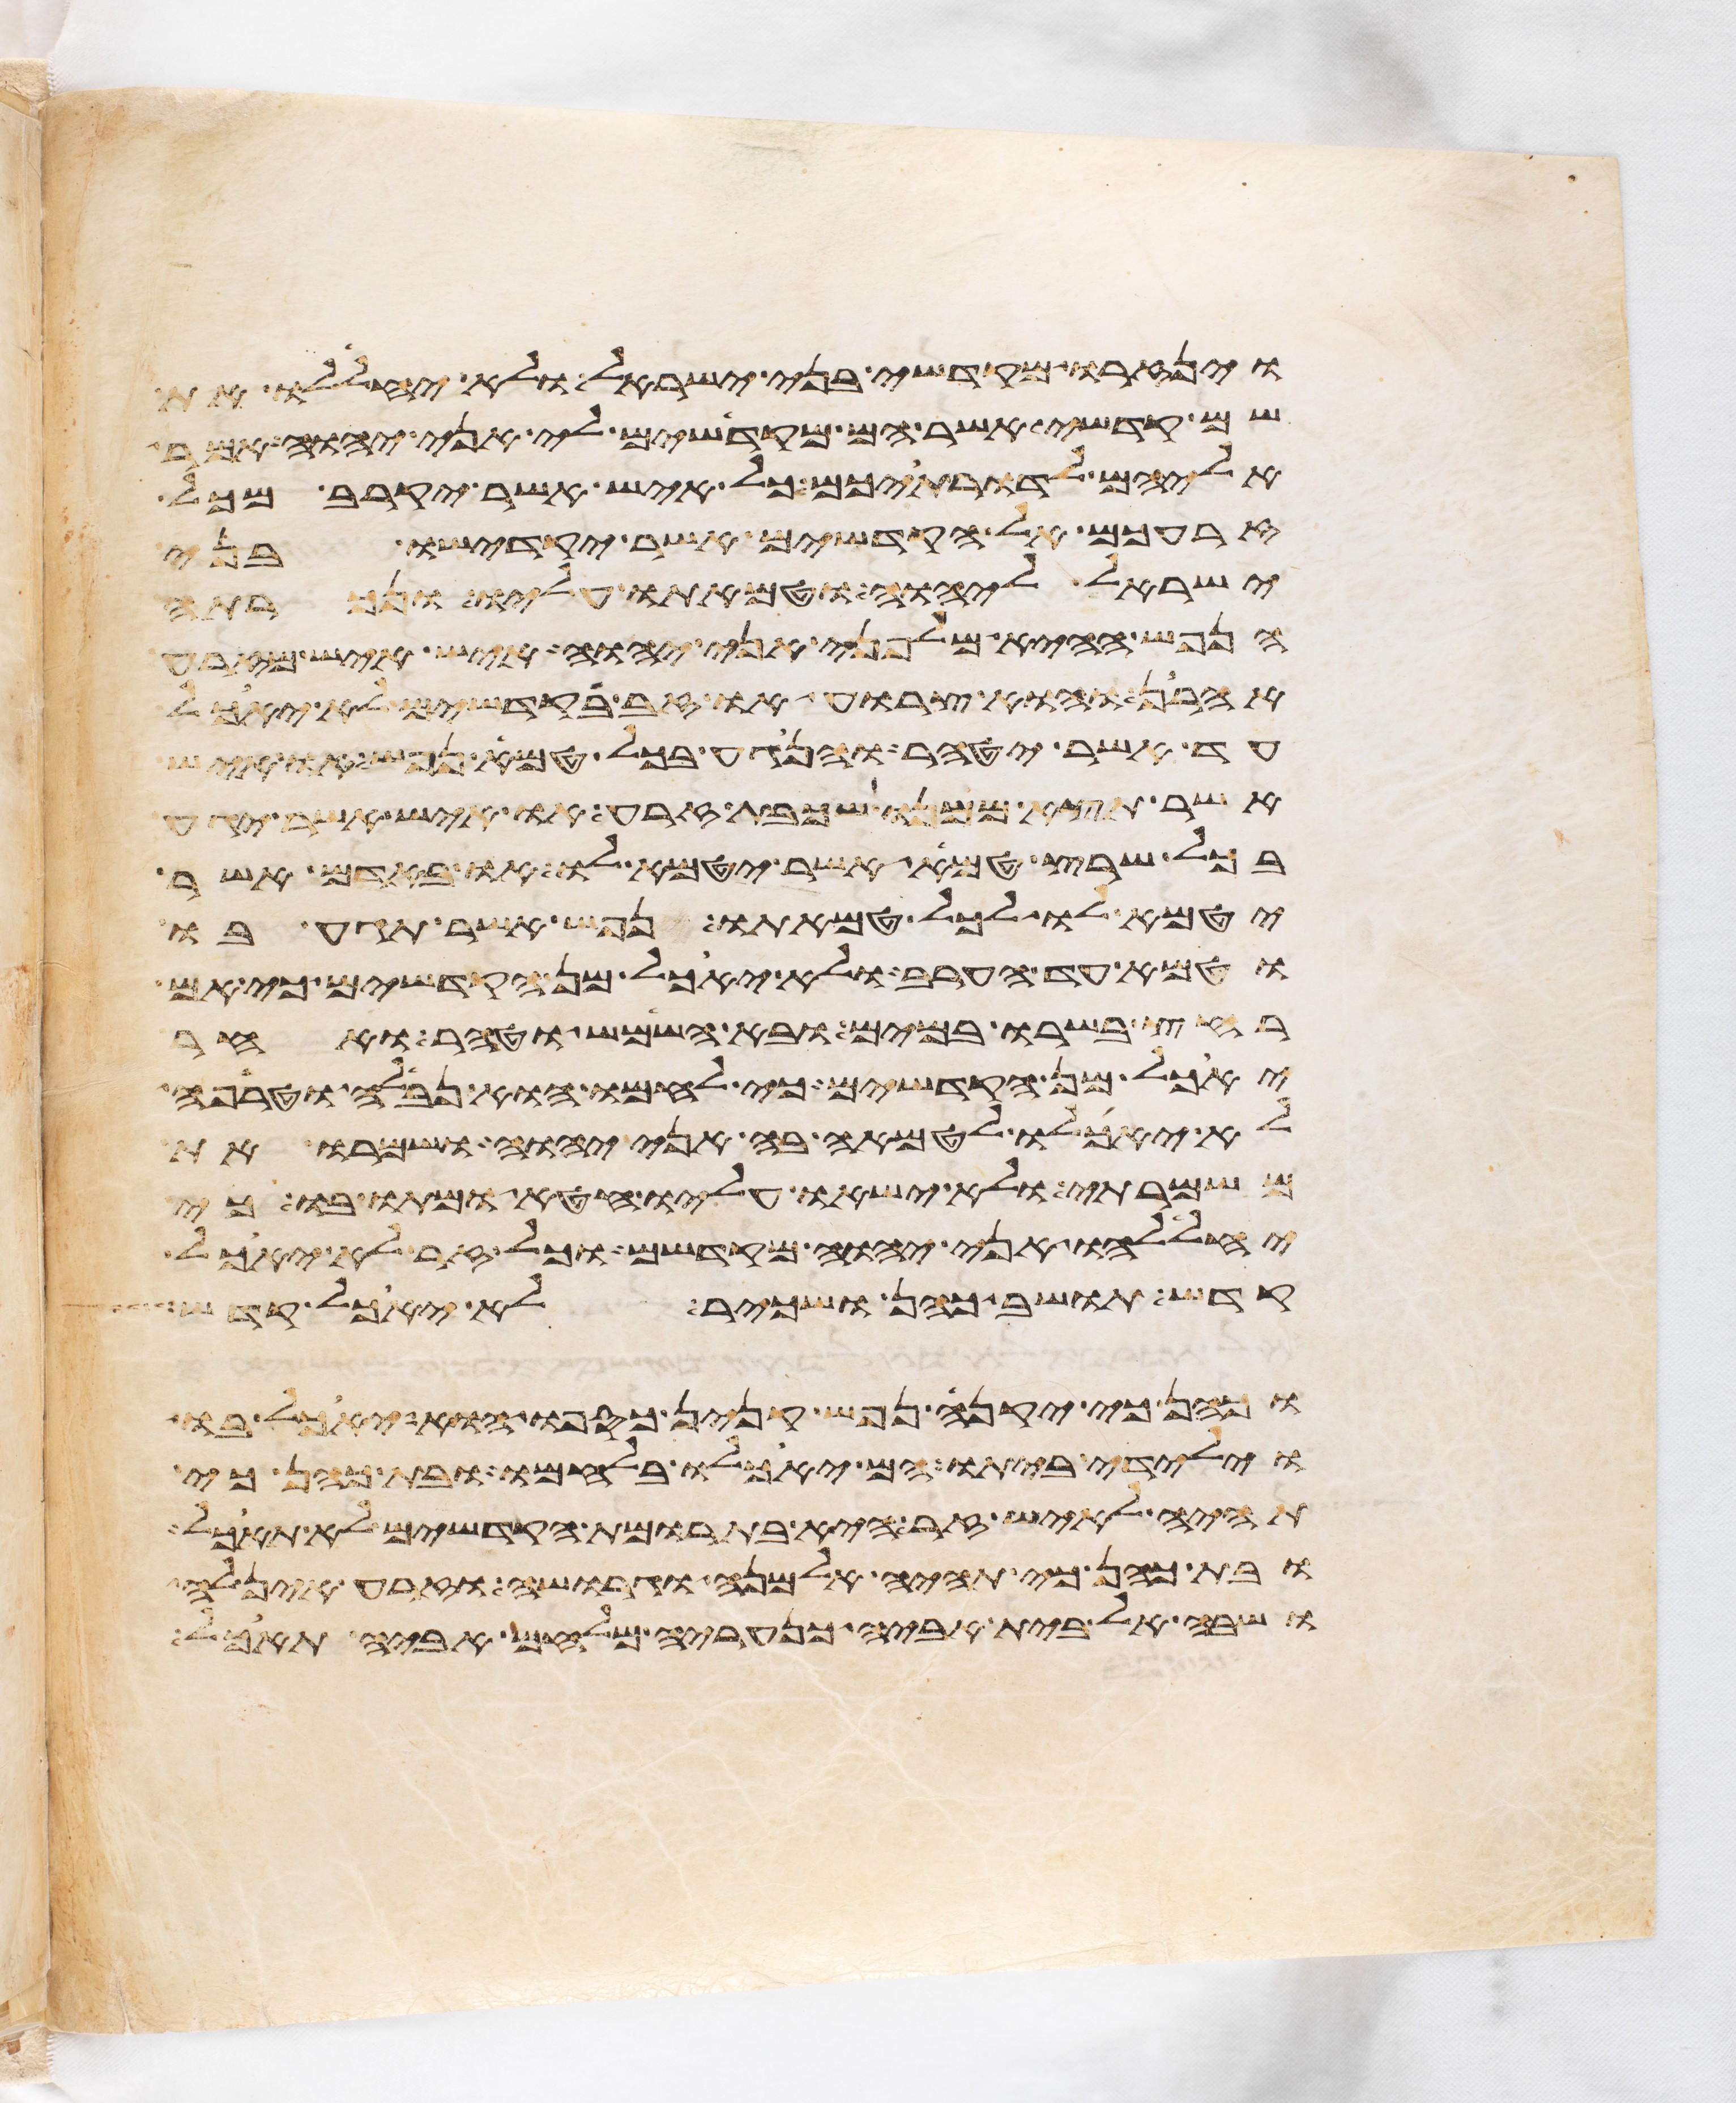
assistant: וינזרו מקדשי בני ישראל ולא יחללו את
שם קדשי אשר הם מקדישים לי אני יהוה אמר
אליהם לדרתיכם כל איש אשר יקרב מכל
זרעכם אל הקדשים אשר יקדישו בני
ישראל ליהוה וטמאתו עליו ונכרתה
הנפש ההיא מלפני אני יהוה איש איש מזרע
אהרן והוא צרוע או זב בקדשים לא יאכל
עד אשר יטהר והנגע בכל טמא נפש או איש
אשר תצא ממנו שכבת זרע או איש אשר יגע
בכל שרץ טמא אשר יטמא לו או באדם אשר
יטמא לו לכל טמאתו נפש אשר תגע בו
וטמא עד הערב ולא יאכל מן הקדשים כי אם
רחץ בשרו במים ובא השמש וטהר ואחר
יאכל מן הקדשים כי לחמו הוא נבלה וטרפה
לא יאכלו לטמאה בה אני יהוה ושמרו את
משמרתי ולא ישאו עליו חטא ומתו בו כי
יחללהו אני יהוה מקדשם וכל זר לא יאכל
קדש תושב כהן ושכיר לא יאכל קדש
וכהן כי יקנה נפש קנין כספו הוא יאכל בו
וילידי ביתו הם יאכלו בלחמו ובת כהן כי
תהיה לאיש זר היא בתרומת הקדשים לא תאכל
ובת כהן כי תהיה אלמנה וגרושה וזרע אין לה
ושבה אל בית אביה כנעריה מלחם אביה תאכל